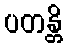
ပတန္တိ